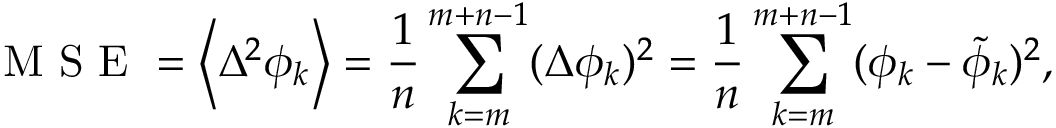
\textrm { M S E } = \left\langle \Delta ^ { 2 } \phi _ { k } \right\rangle = \frac { 1 } { n } \sum _ { k = m } ^ { m + n - 1 } ( \Delta \phi _ { k } ) ^ { 2 } = \frac { 1 } { n } \sum _ { k = m } ^ { m + n - 1 } ( \phi _ { k } - \tilde { \phi } _ { k } ) ^ { 2 } ,